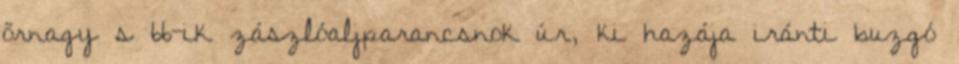
őrnagy s 66-ik zászlóaljparancsnok úr, ki hazája iránti buzgó